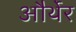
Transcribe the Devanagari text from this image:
और्थेर